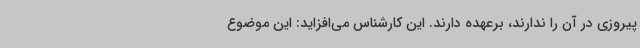
پیروزی در آن را ندارند، برعهده دارند. این کارشناس می‌افزاید: این موضوع